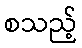
စသည့်